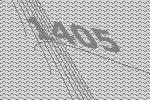
1405